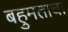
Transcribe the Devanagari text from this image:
बहुमताचा